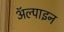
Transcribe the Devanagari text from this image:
ॲल्पाइन